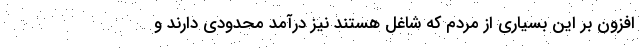
افزون بر این بسیاری از مردم که شاغل هستند نیز درآمد محدودی دارند و